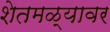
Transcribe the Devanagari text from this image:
शेतमळ्यावर